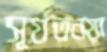
সূর্যতনয়া